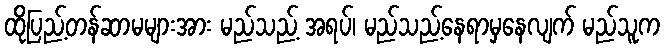
ထိုပြည့်တန်ဆာမများအား မည်သည့် အရပ်၊ မည်သည့်နေရာမှနေလျက် မည်သူက